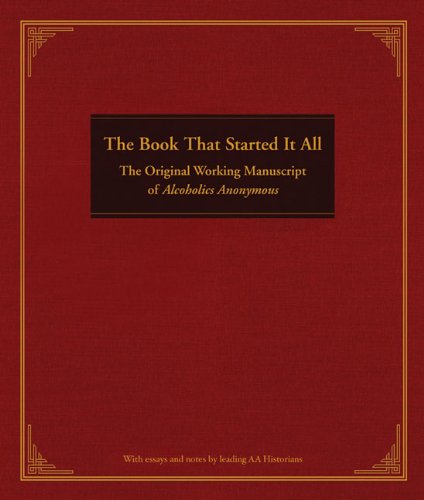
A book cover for The Book That Started It All: The Original Working Manuscript of Alcoholics Anonymous; Anonymous; Health, Fitness & Dieting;